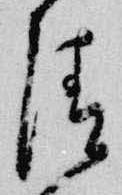
清